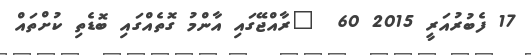
17 ފެބުރުއަރީ 2015 60  "ރާއްޖޭގައި އާންމު ގޮތެއްގައި ބޮޑެތި ކުށްތައް